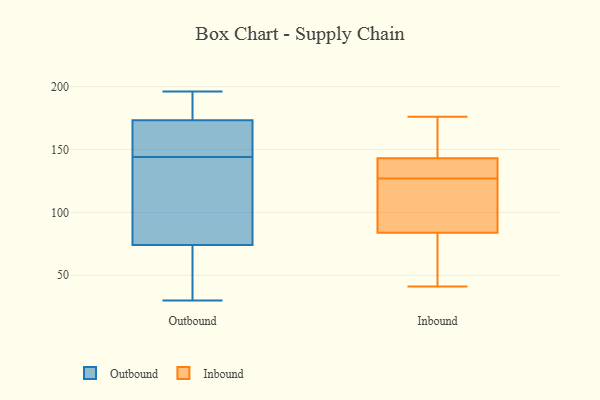
{"axis": {"x": "Waste Production (Tons)", "y": "Value"}, "legend": ["Inbound", "Outbound"], "data": [{"x": "", "y": 175, "type": "Outbound"}, {"x": "", "y": 83, "type": "Outbound"}, {"x": "", "y": 141, "type": "Outbound"}, {"x": "", "y": 51, "type": "Outbound"}, {"x": "", "y": 71, "type": "Outbound"}, {"x": "", "y": 144, "type": "Outbound"}, {"x": "", "y": 181, "type": "Outbound"}, {"x": "", "y": 168, "type": "Outbound"}, {"x": "", "y": 196, "type": "Outbound"}, {"x": "", "y": 147, "type": "Outbound"}, {"x": "", "y": 30, "type": "Outbound"}, {"x": "", "y": 146, "type": "Inbound"}, {"x": "", "y": 120, "type": "Inbound"}, {"x": "", "y": 134, "type": "Inbound"}, {"x": "", "y": 92, "type": "Inbound"}, {"x": "", "y": 41, "type": "Inbound"}, {"x": "", "y": 157, "type": "Inbound"}, {"x": "", "y": 131, "type": "Inbound"}, {"x": "", "y": 81, "type": "Inbound"}, {"x": "", "y": 127, "type": "Inbound"}, {"x": "", "y": 131, "type": "Inbound"}, {"x": "", "y": 176, "type": "Inbound"}, {"x": "", "y": 63, "type": "Inbound"}, {"x": "", "y": 108, "type": "Inbound"}, {"x": "", "y": 176, "type": "Inbound"}, {"x": "", "y": 77, "type": "Inbound"}]}